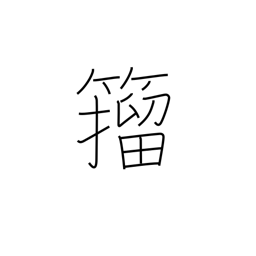
Meaning: a style of calligraphy